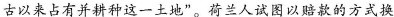
古以来占有并耕种这一土地”。荷兰人试图以赔款的方式换